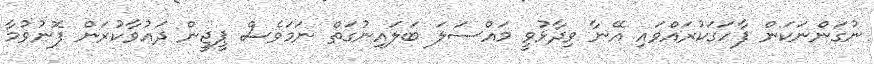
ނުގަންނަކަން ފާހަގަކުރައްވައި އޭނާ ވިދާޅުވީ މައްސަލަ ބަލައިނުގަތް ނަމަވެސް ޕީޖީން ދައުވާކުރަން ފޮނުވުމާ